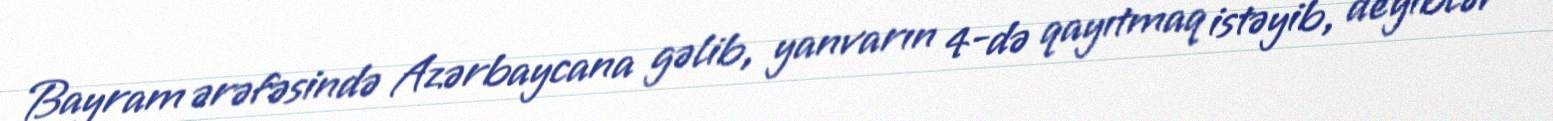
Bayram ərəfəsində Azərbaycana gəlib, yanvarın 4-də qayıtmaq istəyib, deyiblər